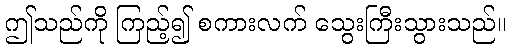
ဤသည်ကို ကြည့်၍ စကားလက် သွေးကြီးသွားသည်။